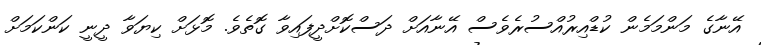
އޭނާގެ މަންމަމެން ކުޑްއިރުއްސުރެވެސް އޭނާއަށް ދަސްކޮށްދީފައިވާ ގޮތެވެ. މޮޅަށް ކިޔަވާ ދީނީ ކަންކަމަށް